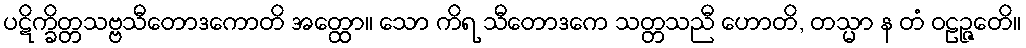
ပဋိက္ခိတ္တသဗ္ဗသီတောဒကောတိ အတ္ထော။ သော ကိရ သီတောဒကေ သတ္တသညီ ဟောတိ, တသ္မာ န တံ ဝဠဉ္ဇေတိ။